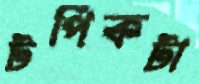
টপিকটা